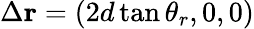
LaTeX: \Delta{\mathbf r}=(2d\tan\theta_{r},0,0)